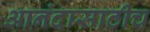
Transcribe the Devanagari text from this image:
आनंदासाठीच